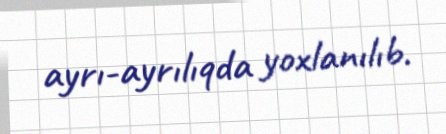
ayrı-ayrılıqda yoxlanılıb.